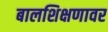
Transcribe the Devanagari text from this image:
बालशिक्षणावर